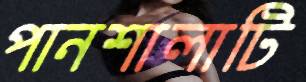
পানশালাটি